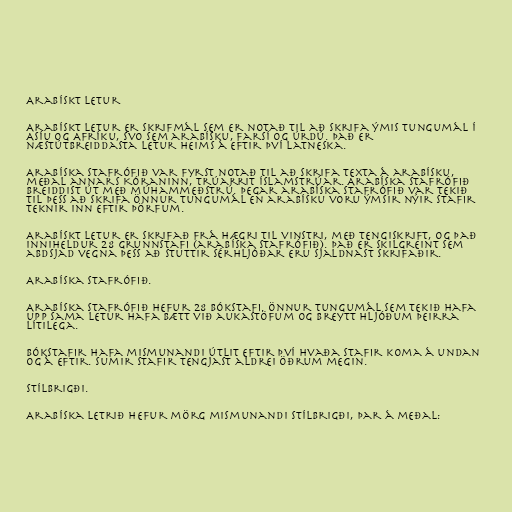
Arabískt letur

Arabískt letur er skrifmál sem er notað til að skrifa ýmis tungumál í
Asíu og Afríku, svo sem arabísku, farsí og úrdú. Það er
næstútbreiddasta letur heims á eftir því latneska.

Arabíska stafrófið var fyrst notað til að skrifa texta á arabísku,
meðal annars Kóraninn, trúarrit íslamstrúar. Arabíska stafrófið
breiddist út með múhammeðstrú. Þegar arabíska stafrófið var tekið
til þess að skrifa önnur tungumál en arabísku voru ýmsir nýir stafir
teknir inn eftir þörfum.

Arabískt letur er skrifað frá hægri til vinstri, með tengiskrift, og það
inniheldur 28 grunnstafi (arabíska stafrófið). Það er skilgreint sem
abdsjad vegna þess að stuttir sérhljóðar eru sjaldnast skrifaðir.

Arabíska stafrófið.

Arabíska stafrófið hefur 28 bókstafi. Önnur tungumál sem tekið hafa
upp sama letur hafa bætt við aukastöfum og breytt hljóðum þeirra
lítilega.

Bókstafir hafa mismunandi útlit eftir því hvaða stafir koma á undan
og á eftir. Sumir stafir tengjast aldrei öðrum megin.

Stílbrigði.

Arabíska letrið hefur mörg mismunandi stílbrigði, þar á meðal: